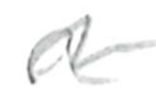
Text: a
Cross-out: wave
Writing tool: pencil